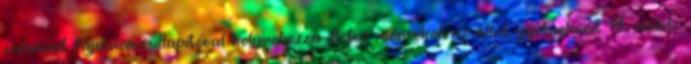
valamint fájdalomcsillapítóval helyrehozza illetve mérsékeli az állat gyötrelmeit. Eredeti: